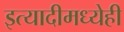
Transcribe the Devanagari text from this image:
इत्यादीमध्येही